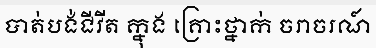
បាត់បង់ជីវីត ក្នុង គ្រោះថ្នាក់ ចរាចរណ៍